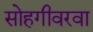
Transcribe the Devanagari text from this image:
सोहगीवरवा